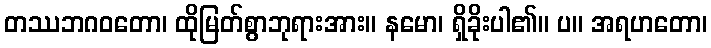
တဿဘဂဝတော၊ ထိုမြတ်စွာဘုရားအား။ နမော၊ ရှိခိုးပါ၏။ ပ။ အရဟတော၊